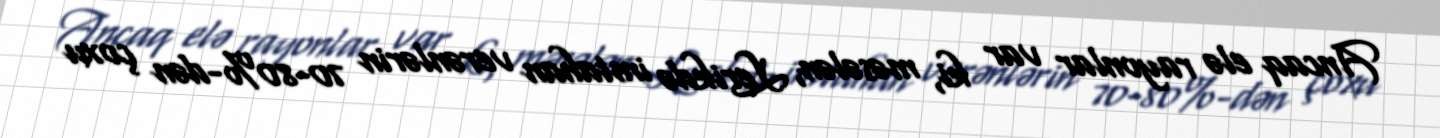
Ancaq elə rayonlar var ki, məsələn, Lerikdə imtahan verənlərin 70-80%-dən çoxu